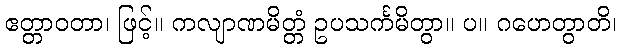
ဧတ္တာဝတာ၊ ဖြင့်။ ကလျာဏမိတ္တံ ဥပသင်္ကမိတွာ။ ပ။ ဂဟေတွာတိ၊